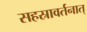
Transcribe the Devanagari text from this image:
सहस्रावर्तनात्‌